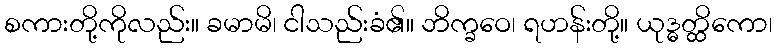
စကားတို့ကိုလည်း။ ခမာမိ၊ ငါသည်းခံ၏။ ဘိက္ခဝေ၊ ရဟန်းတို့။ ယုဒ္ဓတ္ထိကော၊